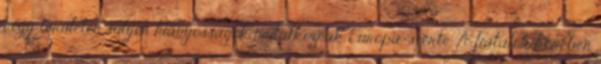
négy területen súlyos hiányosságok mutatkoznak Európa-szerte. A fiatalok körében